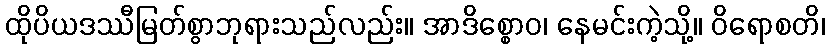
ထိုပိယဒဿီမြတ်စွာဘုရားသည်လည်း။ အာဒိစ္စောဝ၊ နေမင်းကဲ့သို့။ ဝိရောစတိ၊